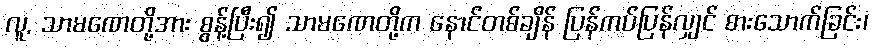
လူ, သာမဏေတို့အား စွန့်ပြီး၍ သာမဏေတို့က နောင်တစ်ချိန် ပြန်ကပ်ပြန်လျှင် စားသောက်ခြင်း၊